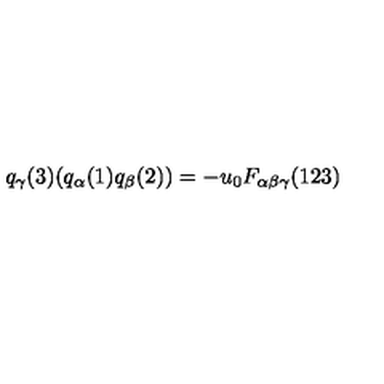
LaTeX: q _ { \gamma } ( 3 ) ( q _ { \alpha } ( 1 ) q _ { \beta } ( 2 ) ) = - u _ { 0 } F _ { \alpha \beta \gamma } ( 1 2 3 )